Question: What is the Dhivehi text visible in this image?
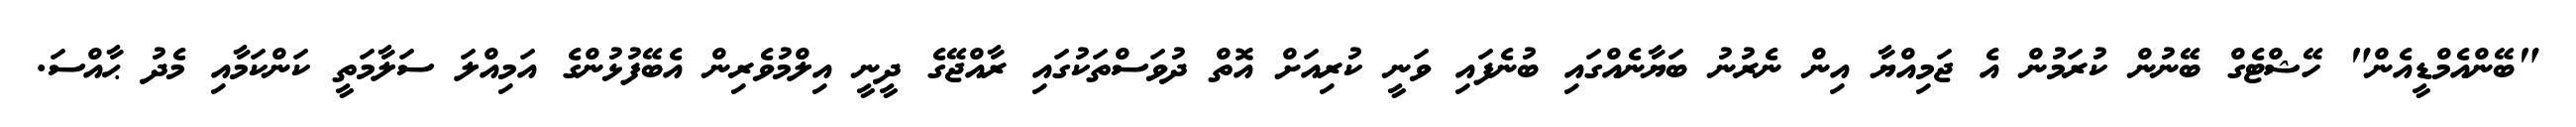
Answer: "ބޭންއެމްޑީއެން" ހޭޝްޓެގް ބޭނުން ކުރަމުން އެ ޖަމިއްޔާ އިން ނެރުނު ބަޔާނެއްގައި ބުނެފައި ވަނީ ކުރިއަށް އޮތް ދުވަސްތަކުގައި ރާއްޖޭގެ ދީނީ އިލްމުވެރިން އެބޭފުޅުންގެ އަމިއްލަ ސަލާމަތީ ކަންކަމާއި މެދު ޙާއްސަ.